Source: Handwritten
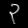
Digit: ၃ (3)